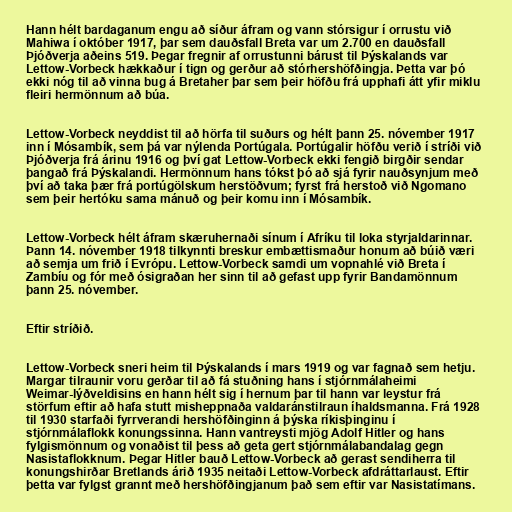
Hann hélt bardaganum engu að síður áfram og vann stórsigur í orrustu við
Mahiwa í október 1917, þar sem dauðsfall Breta var um 2.700 en dauðsfall
Þjóðverja aðeins 519. Þegar fregnir af orrustunni bárust til Þýskalands var
Lettow-Vorbeck hækkaður í tign og gerður að stórhershöfðingja. Þetta var þó
ekki nóg til að vinna bug á Bretaher þar sem þeir höfðu frá upphafi átt yfir miklu
fleiri hermönnum að búa.

Lettow-Vorbeck neyddist til að hörfa til suðurs og hélt þann 25. nóvember 1917
inn í Mósambík, sem þá var nýlenda Portúgala. Portúgalir höfðu verið í stríði við
Þjóðverja frá árinu 1916 og því gat Lettow-Vorbeck ekki fengið birgðir sendar
þangað frá Þýskalandi. Hermönnum hans tókst þó að sjá fyrir nauðsynjum með
því að taka þær frá portúgölskum herstöðvum; fyrst frá herstoð við Ngomano
sem þeir hertóku sama mánuð og þeir komu inn í Mósambík.

Lettow-Vorbeck hélt áfram skæruhernaði sínum í Afríku til loka styrjaldarinnar.
Þann 14. nóvember 1918 tilkynnti breskur embættismaður honum að búið væri
að semja um frið í Evrópu. Lettow-Vorbeck samdi um vopnahlé við Breta í
Zambíu og fór með ósigraðan her sinn til að gefast upp fyrir Bandamönnum
þann 25. nóvember.

Eftir stríðið.

Lettow-Vorbeck sneri heim til Þýskalands í mars 1919 og var fagnað sem hetju.
Margar tilraunir voru gerðar til að fá stuðning hans í stjórnmálaheimi
Weimar-lýðveldisins en hann hélt sig í hernum þar til hann var leystur frá
störfum eftir að hafa stutt misheppnaða valdaránstilraun íhaldsmanna. Frá 1928
til 1930 starfaði fyrrverandi hershöfðinginn á þýska ríkisþinginu í
stjórnmálaflokk konungssinna. Hann vantreysti mjög Adolf Hitler og hans
fylgismönnum og vonaðist til þess að geta gert stjórnmálabandalag gegn
Nasistaflokknum. Þegar Hitler bauð Lettow-Vorbeck að gerast sendiherra til
konungshirðar Bretlands árið 1935 neitaði Lettow-Vorbeck afdráttarlaust. Eftir
þetta var fylgst grannt með hershöfðingjanum það sem eftir var Nasistatímans.